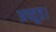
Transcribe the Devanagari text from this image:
अच्युत।